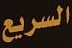
السريع